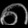
Digit: ၈